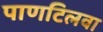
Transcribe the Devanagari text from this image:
पाणटिलवा